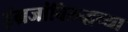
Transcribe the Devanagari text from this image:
इंग्रजांविरुद्धच्या